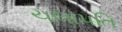
ચલાપતિ